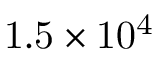
\mathrm { 1 . 5 \times 1 0 ^ { 4 } }